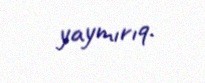
yaymırıq.